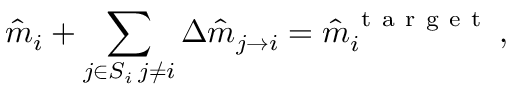
\hat { m } _ { i } + \sum _ { \substack { j \in S _ { i } \, j \neq i } } \Delta \hat { m } _ { j \rightarrow i } = \hat { m } _ { i } ^ { \mathrm { ~ t ~ a ~ r ~ g ~ e ~ t ~ } } \, ,